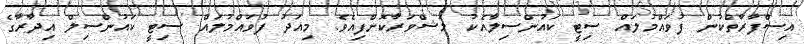
އިސްފާރާތްކުން ފުވައްމުލައް ސިޓީ ކައުންސިލާއެކު މަޝްވަރާކޮށްފިއެވެ. މިއަދު ފުވައްމުލައް ސިޓީ ކައުންސިލް އިދާރާގެ